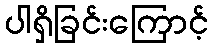
ပါရှိခြင်းကြောင့်